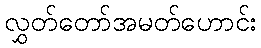
လွှတ်တော်အမတ်ဟောင်း